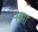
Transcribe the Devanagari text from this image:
नग्मा